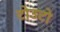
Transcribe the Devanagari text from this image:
टोउटो